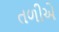
તળીએ